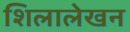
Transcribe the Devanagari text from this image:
शिलालेखन